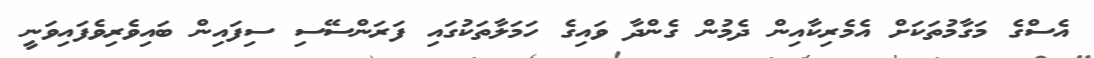
އެސްގެ މަގާމުތަކަށް އެމެރިކާއިން ދެމުން ގެންދާ ވައިގެ ހަމަލާތަކުގައި ފަރަންސޭސި ސިފައިން ބައިވެރިވެފައިވަނީ